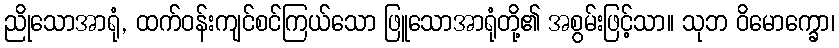
ညိုသောအာရုံ, ထက်ဝန်းကျင်စင်ကြယ်သော ဖြူသောအာရုံတို့၏ အစွမ်းဖြင့်သာ။ သုဘ ဝိမောက္ခော၊